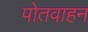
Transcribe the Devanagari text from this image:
पोतवाहन